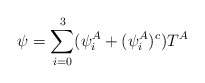
\begin{align*}\psi=\sum_{i=0}^3 (\psi_i^A +(\psi_i^A)^c) T^A\end{align*}